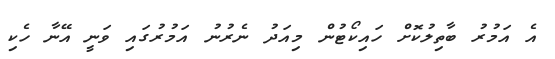
އެ އަމުރު ބާތިލުކޮށް ހައިކޯޓުން މިއަދު ނެރުނު އަމުރުގައި ވަނީ އޭނާ ހެކި